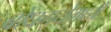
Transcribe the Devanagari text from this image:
बोधगयेमध्ये